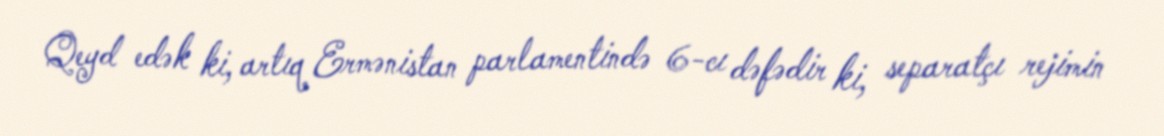
Qeyd edək ki, artıq Ermənistan parlamentində 6-cı dəfədir ki, separatçı rejimin